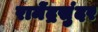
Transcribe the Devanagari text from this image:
रामेंद्रसुंदर